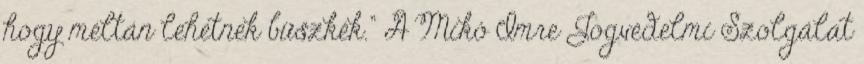
hogy méltán lehetnek büszkék.” A Mikó Imre Jogvédelmi Szolgálat